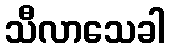
သီလာသေခါ